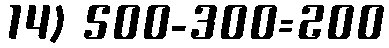
14) 500-300=200